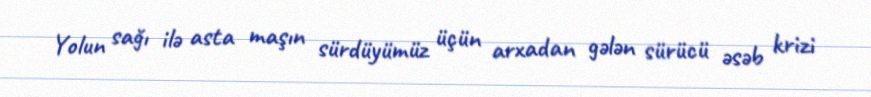
Yolun sağı ilə asta maşın sürdüyümüz üçün arxadan gələn sürücü əsəb krizi